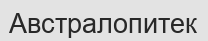
Австралопитек